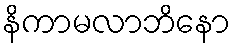
နိကာမလာဘိနော